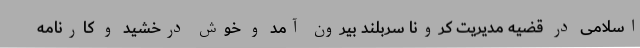
اسلامی در قضیه مدیریت کرونا سربلند بیرون آمد و خوش درخشید و کارنامه